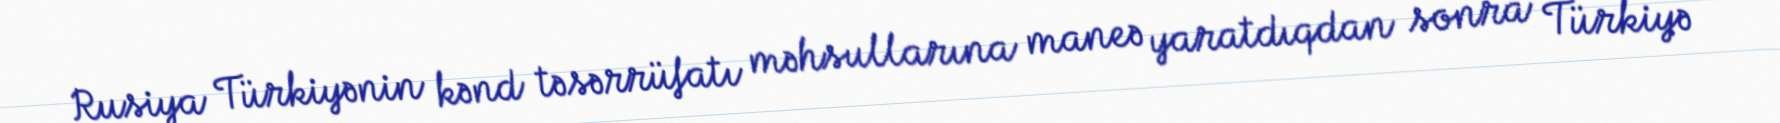
Rusiya Türkiyənin kənd təsərrüfatı məhsullarına maneə yaratdıqdan sonra Türkiyə